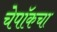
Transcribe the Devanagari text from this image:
चेपॉकचा